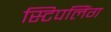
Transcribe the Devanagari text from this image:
स्टिपलिंग